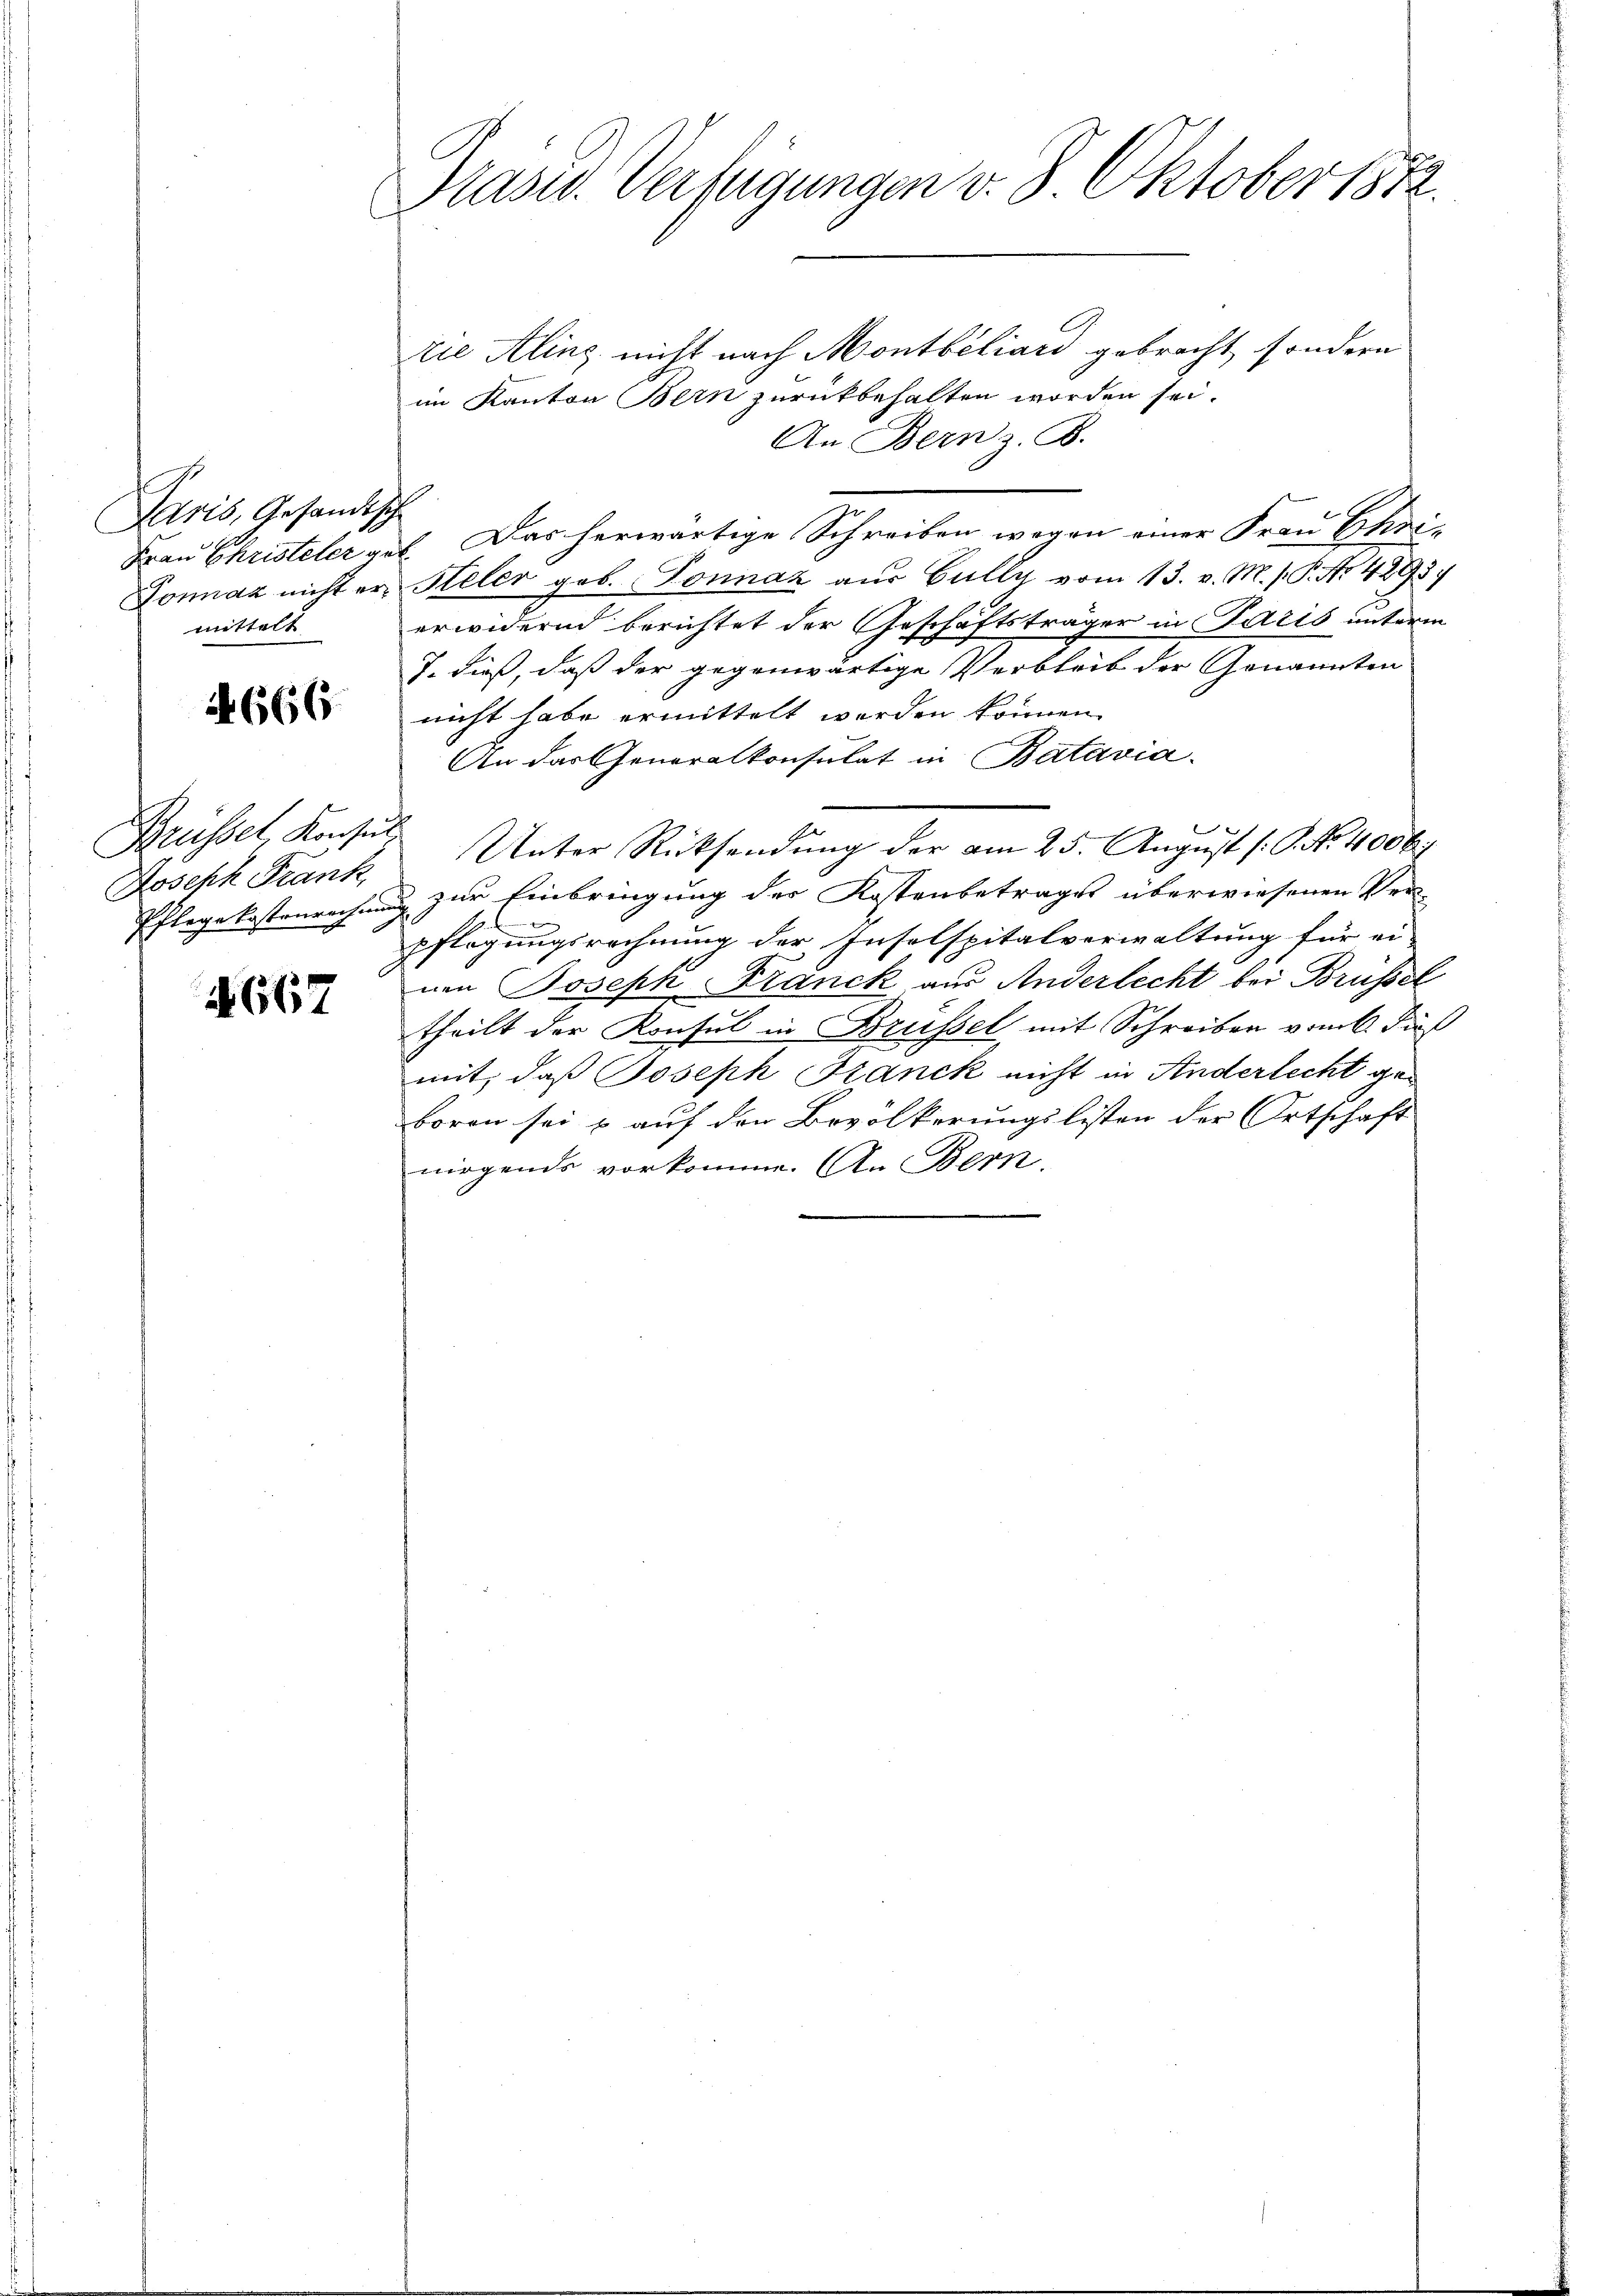
Paris, Gesandische
Tonnaz nicht ermittelt

4666

Brüssel Konsul
Joseph Frank

4667

Präsid. Verfügungen v. 8. Oktober 1882

zie Kling nicht nach Montbéliard gebracht, sondern
im Kanton Bern zurückbehalten worden sei.
An Bern z. B.
Frau Christeler geb. Das herwärtige Schreiben wegen einer Frau Ehren
Hteler geb. Sonnaz aus Bally vom 13. v. M. /. P. Nr. 4293.
erwidernd berichtet der Geschäftsträger in Paris unterm
J. dieß, daß der gegenwärtige Verbleib der Genannten
nicht habe ermittelt werden können.
An das Generalkonsulat in Batavia.
Unter Rücksendung der am 25. August (S. Nr. 4006.
Pflegekostenrechnung zur Einbringung der Kostenbetrages überwiesenen Ver-
pflegungsrechnung der Inselspitalverwaltung für ei-
nen Joseph Franck aus Anderlecht bei Brüssel
theilt der Konsul in Brüssel mit Schreiben vom 6. Fuß
mit, daß Joseph Hanck nicht in Anderlecht anboren sei & auf den Bevölkerungslisten der Ortschaft
nirgends vorkomme. An Bern.